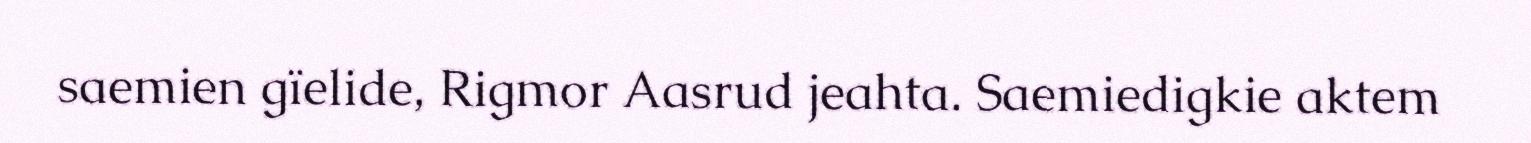
saemien gïelide, Rigmor Aasrud jeahta. Saemiedigkie aktem